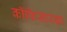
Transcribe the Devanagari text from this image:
कॉफिसारखा